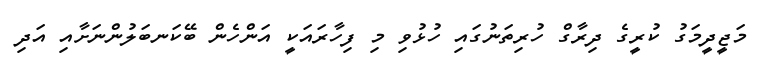
މަޖީދީމަގު ކުރީގެ ދިރާގް ހުރިތަނުގައި ހުޅުވި މި ފިހާރައަކީ އަންހެން ބޭކަނބަލުންނަށާއި އަދި